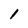
Character: 1